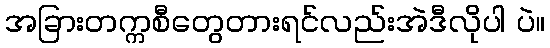
အခြားတက္ကစီတွေတားရင်လည်းအဲဒီလိုပါ ပဲ။